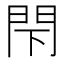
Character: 閇